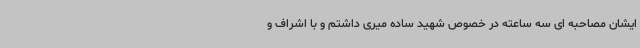
ایشان مصاحبه ای سه ساعته در خصوص شهید ساده میری داشتم و با اشراف و